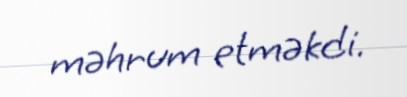
məhrum etməkdi.